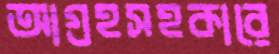
আগ্রহসহকারে